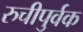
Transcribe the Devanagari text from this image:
रुचीपुर्वक